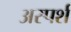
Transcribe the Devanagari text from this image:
अस्पर्श